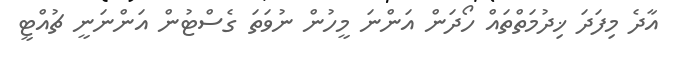
އާދެ މިފަދަ ޚިދުމަތްތައް ހޯދަން އަންނަ މީހުން ނުވަތަ ގެސްޓުން އަންނަނީ ޗުއްޓީ